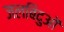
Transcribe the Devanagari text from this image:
जलबिंदुओं